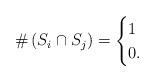
LaTeX: \begin{align*} \# \left( S_i \cap S_j \right) = \begin{cases} 1 \\ 0 . \end{cases}\end{align*}